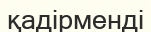
қадірменді